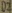
Text: D2